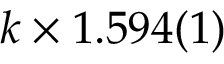
k \times 1 . 5 9 4 ( 1 )